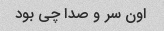
اون سر و صدا چی بود